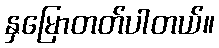
နှမြောတတ်ပါတယ်။